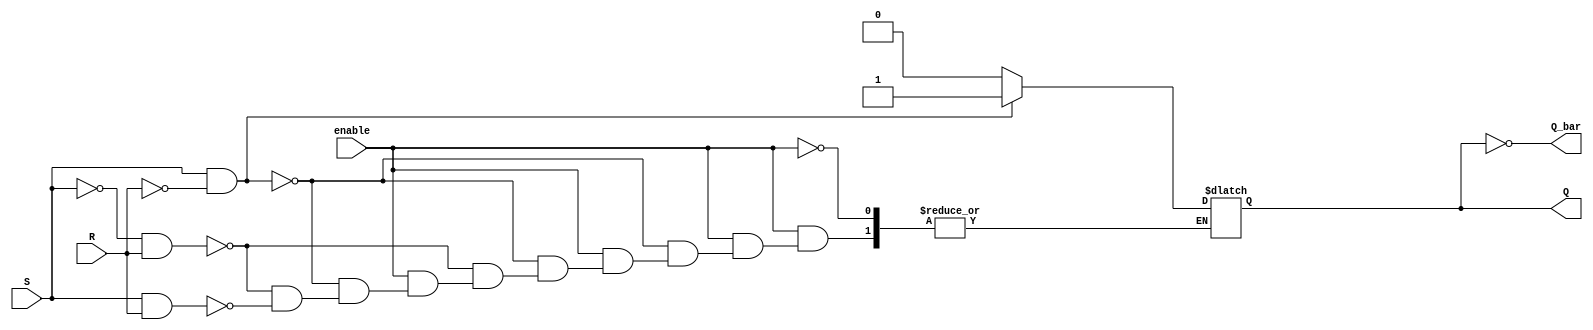
`timescale 1ns / 1ps
//////////////////////////////////////////////////////////////////////////////////
// Company: 
// Engineer: 
// 
// Design Name: 
// Module Name: cr_flipflop
// Project Name: 
// Target Devices: 
// Tool Versions: 
// Description: 
// 
// Dependencies: 
// 
// Revision:
// Revision 0.01 - File Created
// Additional Comments:
// 
//////////////////////////////////////////////////////////////////////////////////


module cr_flipflop (
    input S, // Set
    input R, // Reset
    input enable,
    output reg Q,
    output Q_bar
);

    always @(S, R, enable) begin
        if (enable) begin
            if (S && !R)
                Q = 1;
            else if (!S && R)
                Q = 0;
            // When S and R are both 1, behavior is undefined
            // We can either keep the state or reset Q, depending on the desired behavior.
            else if (S && R)
                Q = 0;
        end
        // If enable is not asserted, no change in Q
    end

    assign Q_bar = ~Q;

endmodule